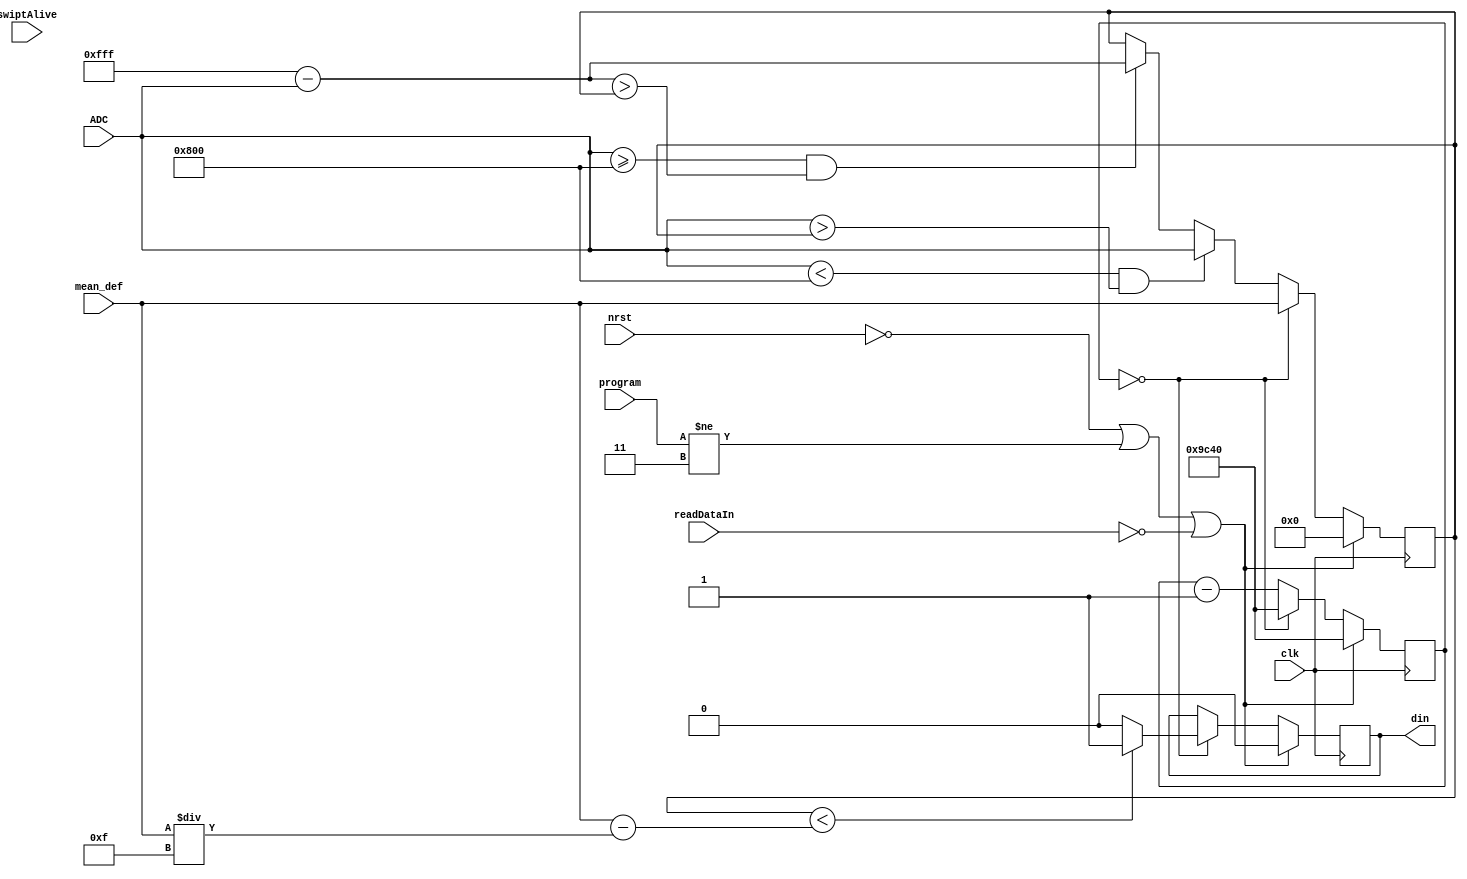
`timescale 1ps/1ps

module ReadData (
	input wire clk,
	input wire nrst,
    input wire swiptAlive,
    input wire [1:0] program,
    input wire readDataIn,
	input wire [11:0] ADC,
	input wire [11:0] mean_def,
    output reg din
	);

    reg [11:0] lowest;
    reg [19:0] clk_cycles;

    initial begin
        lowest = 0;
        clk_cycles = 20'h9C40;
		din = 0;
    end

    always @(posedge clk) begin
        if(~nrst || program != 2'b11 || ~readDataIn)begin
			clk_cycles <= 20'h9C40;
			lowest <= 0;
			din <= 0;
		end
		else begin
			if(clk_cycles == 20'h0)begin
				lowest <= mean_def;
				clk_cycles <= 20'h9C40;
				
				if(lowest < (mean_def - mean_def/15))begin
					din <= 1;
				end
				else begin
					din <= 0;
				end
			end
			else begin
				clk_cycles <= clk_cycles - 1;
				if(ADC < 12'h800 && ADC > lowest)begin
					lowest <= ADC;
				end
				else if(ADC >= 12'h800 && 12'hFFF - ADC > lowest)begin
                	lowest <= 12'hFFF - ADC;
            	end
			end
		end
    end
endmodule